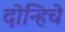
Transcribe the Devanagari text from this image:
दोन्हिचे